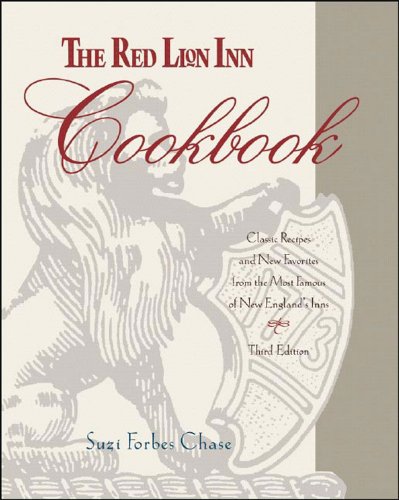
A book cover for The Red Lion Inn Cookbook: Classic Recipes and New Favorites from the Most Famous of New England's Inns; Suzi Forbes Chase; Cookbooks, Food & Wine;